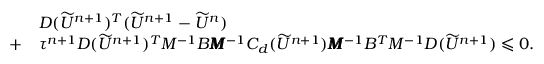
\begin{array} { r l } & { D ( \widetilde { U } ^ { n + 1 } ) ^ { T } ( \widetilde { U } ^ { n + 1 } - \widetilde { U } ^ { n } ) } \\ { + } & { \tau ^ { n + 1 } D ( \widetilde { U } ^ { n + 1 } ) ^ { T } M ^ { - 1 } B \pmb { M } ^ { - 1 } C _ { d } ( \widetilde { U } ^ { n + 1 } ) \pmb { M } ^ { - 1 } B ^ { T } M ^ { - 1 } D ( \widetilde { U } ^ { n + 1 } ) \leqslant 0 . } \end{array}